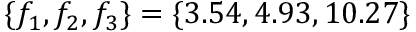
\{ f _ { 1 } , f _ { 2 } , f _ { 3 } \} = \{ 3 . 5 4 , 4 . 9 3 , 1 0 . 2 7 \}